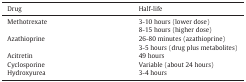
| Drug | Half-life |
 | --- | --- |
 | Methotrexate | 3-10 hours (lower dose)8-15 hours (higher dose) |
 | Azathioprine | 26-80 minutes (azathioprine)3-5 hours (drug plus metabolites) |
 | Acitretin | 49 hours |
 | Cyclosporine | Variable (about 24 hours) |
 | Hydroxyurea | 3-4 hours |